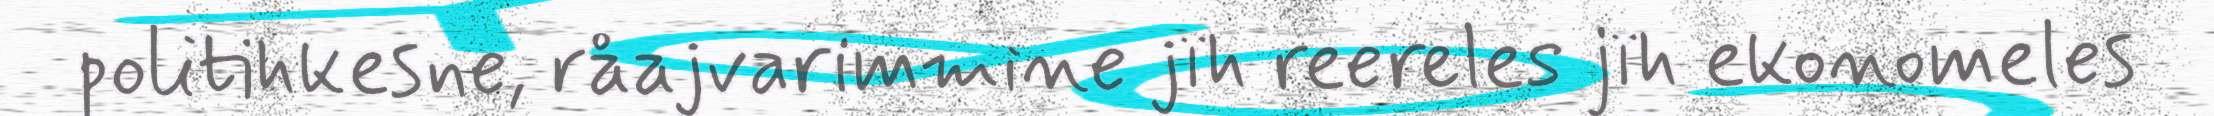
politihkesne, råajvarimmine jïh reereles jïh ekonomeles